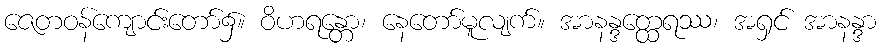
ဇေတဝန်ကျောင်းတော်၌။ ဝိဟရန္တော၊ နေတော်မူလျက်။ အာနန္ဒတ္ထေရဿ၊ အရှင် အာနန္ဒာ